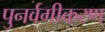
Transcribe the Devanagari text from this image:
पुनर्वगीकरण